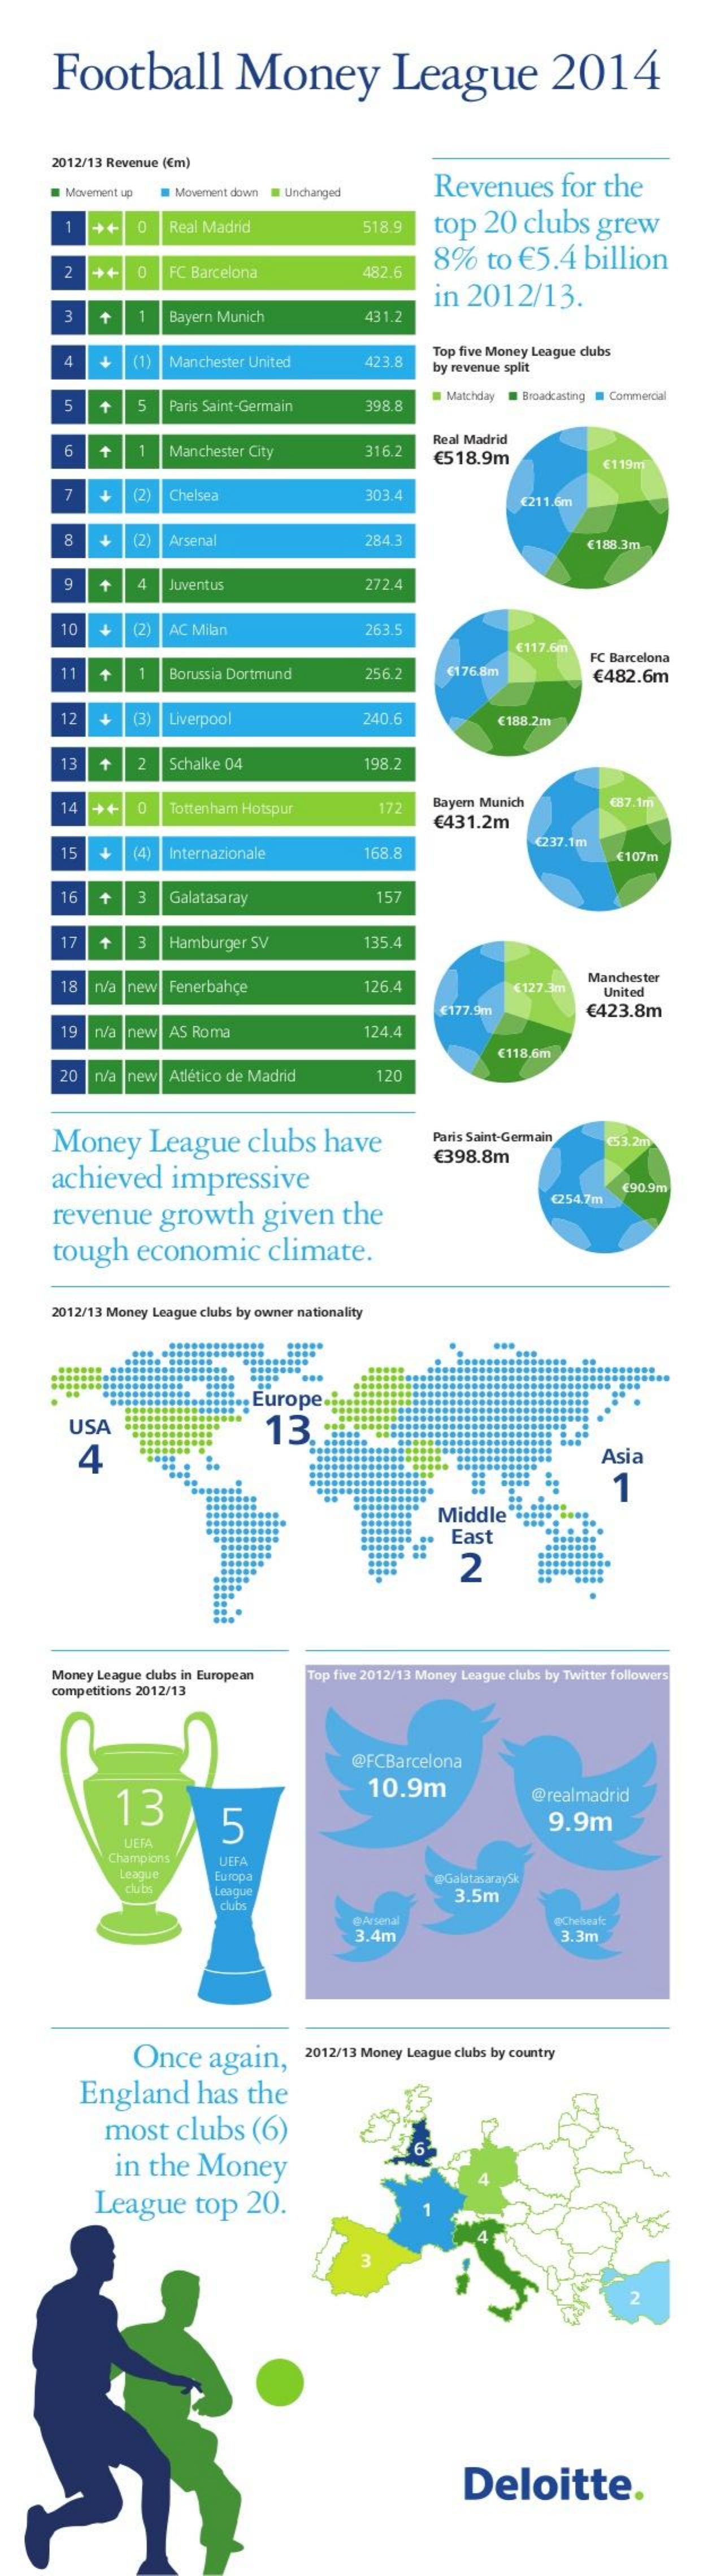
Football    Money    League    2014
     2012/13 Revenue ( € m)
     Revenues    for   the
     Movement up   Movement down @ Unchanged
     1    Real Madrid    top   20   clubs    grew ++ 518.9
     8%    to  €  5.4   billion
     FC Barcelona    482.6
     in  2012/13.
     Bayern Munich    43 1.2
     4    (1)  Manchester United    423.
     Top five Money League clubs
     by revenue split
     5    5   Paris Saint-Germain    398.8
     Matchday   Broadcasting Commercial
     Real Madrid
     - 6  Manchester City    316.2    € 518.9m    € 119m
     7    12   Chelsea    303.4    € 211.6m
     4    12   Arsenal    284.3    € 188.3m
     Juventus    272.4
     10    (2)  AC Milan    263.
     € 117.6m
     11    +    1   Borussia Dortmund    256.2    € 176.8m
     FC Barcelona
     € 482.6m
     + 12    Liverpool    240.6    € 188.2m
     13    2   Schalke 04    198.2
     14   ++   0    Tottenham Hotspur    172    Bayern Munich    € 87.1m
     € 431.2m
     Internazionale    168.8
     € 237.1m
     +
     14    € 107m
     3   Galatasaray    157
     17   +    Hamburger  SV    135.4
     n/a  nev  Fenerbahçe    126.4    <127.3m
     Manchester
     United
     € 177.9m    € 423.8m
     19   n/a new   AS Roma    124.4
     € 118.6m
     20   n/a new   Atlético de Madrid    120
     Money    League    clubs    have    Paris Saint-Germain
     achieved    impressive
     € 398.8m
     253.2m
     € 254.7m
     € 90.9m
     revenue    growth    given    the
     tough    economic    climate.
     2012/13 Money League clubs by owner nationality
     Europe.
     USA
     4
     13.
     Asia
     Middle
     East
     2
     Money League clubs in European
     competitions 2012/13
     Top five 2012/13 Money League clubs by Twitter followers
     @FCBarcelona
     13
     10.9m
     5
     @realmadrid
     9.9m
     UEFA
     Champions    UEFA
     League    Europa
     clubs
     @GalatasaraySk
     League    3.5m
     @ Arsenal
     3.4m
     eChekeafc
     3.3m
     Once    again,    2012/13 Money League clubs by country
     England    has    the
     most    clubs    (6)
     in  the    Money
     League    top    20.
     Deloitte.